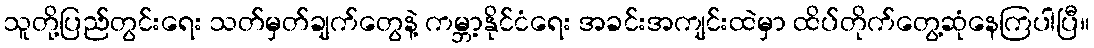
သူတို့ပြည်တွင်းရေး သတ်မှတ်ချက်တွေနဲ့ ကမ္ဘာ့နိုင်ငံရေး အခင်းအကျင်းထဲမှာ ထိပ်တိုက်တွေ့ဆုံနေကြပါပြီ။